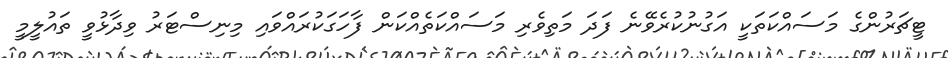
ޓީޗަރުންގެ މަސައްކަތަކީ އަގުނުކުރެވޭނެ ފަދަ މަތިވެރި މަސައްކަތެއްކަން ފާހަގަކުރައްވައި މިނިސްޓަރު ވިދާޅުވީ ތައުލީމީ